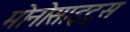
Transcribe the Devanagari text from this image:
मोनोसाइट्स